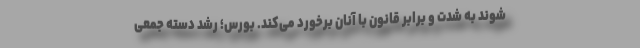
شوند به شدت و برابر قانون با آنان برخورد می‌کند. بورس؛ رشد دسته جمعی